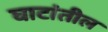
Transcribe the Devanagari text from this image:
घाटांतील